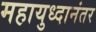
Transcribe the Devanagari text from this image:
महायुध्दानंतर